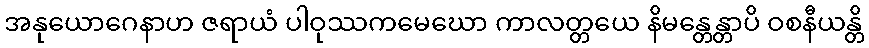
အနုယောဂေနာဟ ဇရာယံ ပါဝုဿကမေဃော ကာလတ္တယေ နိမန္တေန္တာပိ ဝစနီယန္တိ